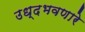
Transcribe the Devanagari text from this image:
उध्दभवणारे